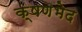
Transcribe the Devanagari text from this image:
क्षणभेद